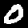
Label: 0